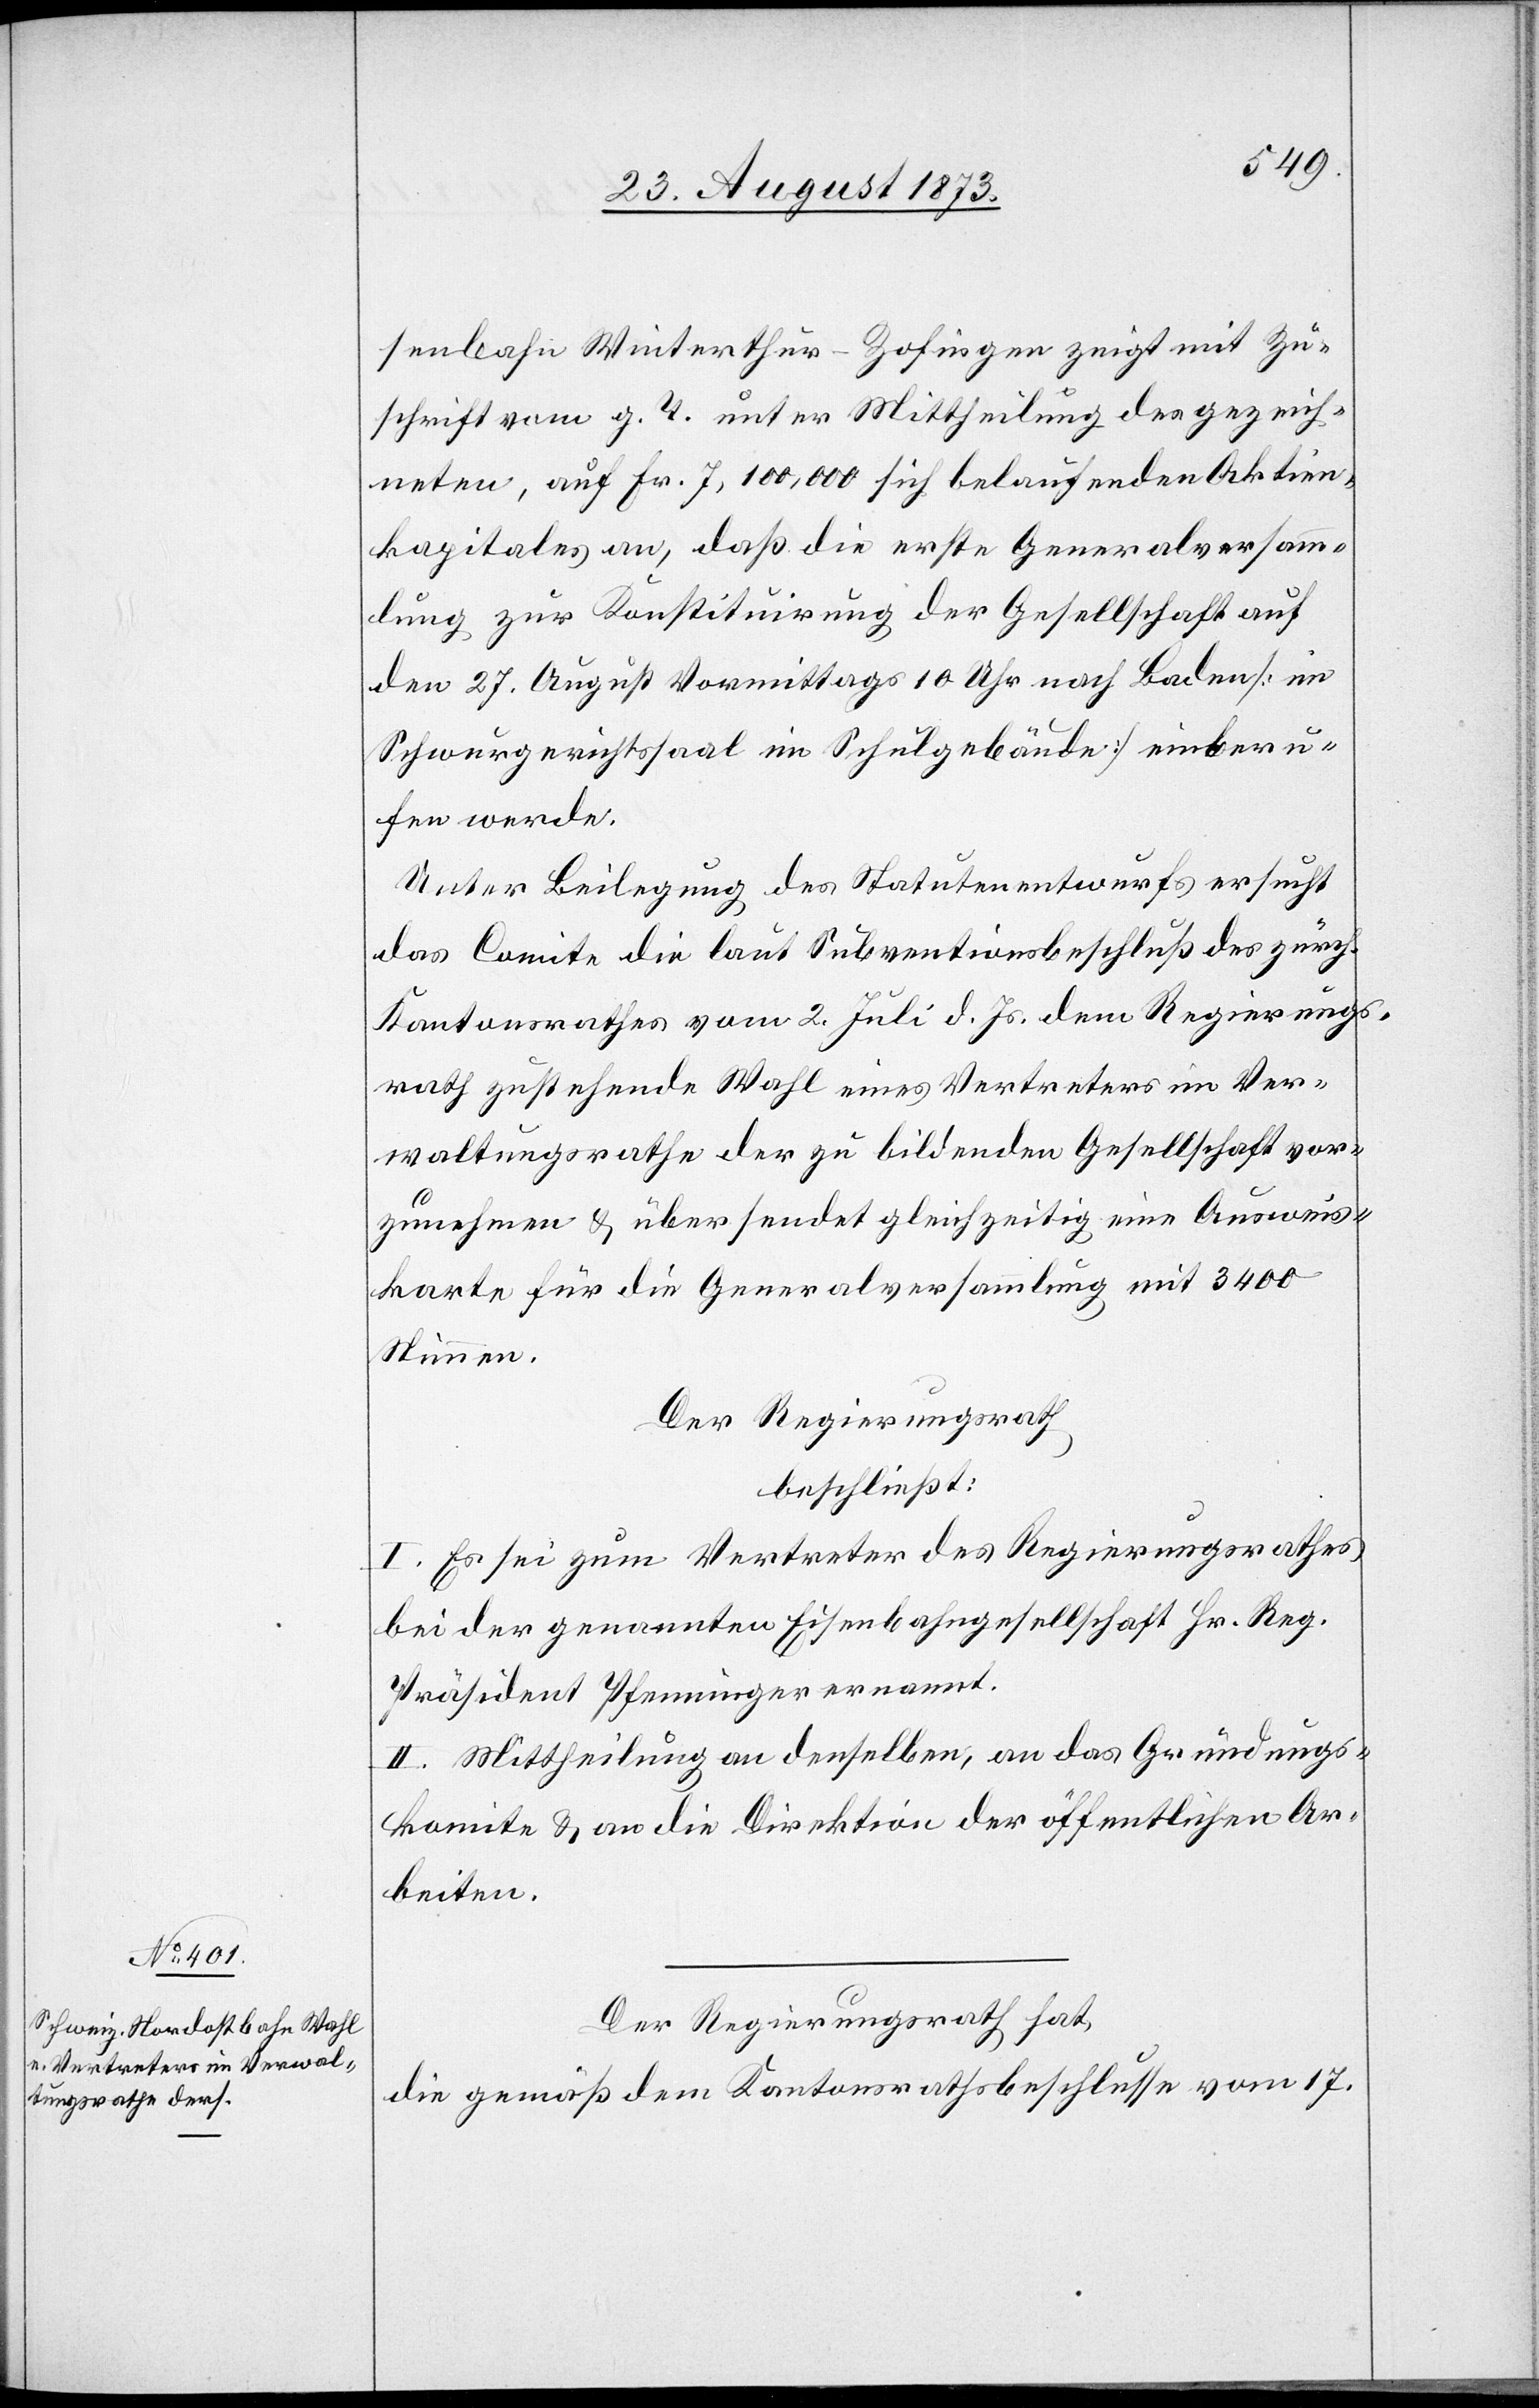
senbahn Winterthur–Zofingen zeigt mit Zu¬
schrift vom g. T. unter Mittheilung des gezeich¬
neten, auf Fr. 7,100,00 sich belaufenden Aktien¬
kapitales an, daß die erste Generalversamm¬
lung zur Konstituirung der Gesellschaft auf
den 27. August Vormittags 10 Uhr nach Baden [im
Schwurgerichtssaal im Schulgebäude] einberu¬
fen werde.
Unter Beilegung des Statutenentwurfs ersucht
das Comite die laut Subventionsbeschluß des zürch.
Kantonsrathes vom 2. Juli d. Js. dem Regierungs¬
rath zustehende Wahl eines Vertreters im Ver¬
waltungsrathe der zu bildenden Gesellschaft vor¬
zunehmen & übersendet gleichzeitig eine Ausweis¬
karte für die Generalversammlung mit 3 400
Stimmen.
Der Regierungsrath
beschließt:
I. Es sei zum Vertreter des Regierungsrathes
bei der genannten Eisenbahngesellschaft Hr. Reg.
Präsident Pfenninger ernannt.
II. Mittheilung an denselben, an das Gründungs¬
komite & an die Direktion der öffentlichen Ar¬
beiten.
Der Regierungsrath hat,
die gemäß dem Kantonsrathsbeschlusse vom 17.